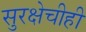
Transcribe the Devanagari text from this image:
सुरक्षेचीही